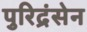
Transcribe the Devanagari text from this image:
पुरिद्रंसेन